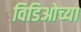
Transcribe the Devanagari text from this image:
विडिओच्या